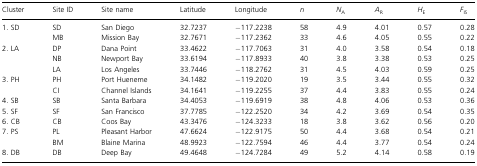
<table><thead><tr><td><b>Cluster</b></td><td><b>Site ID</b></td><td><b>Site name</b></td><td><b>Latitude</b></td><td><b>Longitude</b></td><td><b><i>n</i></b></td><td><b><i>N</i><sub>A</sub></b></td><td><b><i>A</i><sub>R</sub></b></td><td><b><i>H</i><sub>E</sub></b></td><td><b><i>F</i><sub>IS</sub></b></td></tr></thead><tbody><tr><td rowspan="2">1. SD</td><td>SD</td><td>San Diego</td><td>32.7237</td><td>−117.2238</td><td>58</td><td>4.9</td><td>4.01</td><td>0.57</td><td>0.28</td></tr><tr><td>MB</td><td>Mission Bay</td><td>32.7671</td><td>−117.2362</td><td>33</td><td>4.6</td><td>4.05</td><td>0.55</td><td>0.22</td></tr><tr><td rowspan="3">2. LA</td><td>DP</td><td>Dana Point</td><td>33.4622</td><td>−117.7063</td><td>31</td><td>4.0</td><td>3.58</td><td>0.54</td><td>0.18</td></tr><tr><td>NB</td><td>Newport Bay</td><td>33.6194</td><td>−117.8933</td><td>40</td><td>3.8</td><td>3.38</td><td>0.53</td><td>0.25</td></tr><tr><td>LA</td><td>Los Angeles</td><td>33.7446</td><td>−118.2762</td><td>31</td><td>4.5</td><td>4.03</td><td>0.59</td><td>0.25</td></tr><tr><td rowspan="2">3. PH</td><td>PH</td><td>Port Hueneme</td><td>34.1482</td><td>−119.2020</td><td>19</td><td>3.5</td><td>3.44</td><td>0.55</td><td>0.32</td></tr><tr><td>CI</td><td>Channel Islands</td><td>34.1641</td><td>−119.2255</td><td>37</td><td>4.4</td><td>3.83</td><td>0.55</td><td>0.24</td></tr><tr><td>4. SB</td><td>SB</td><td>Santa Barbara</td><td>34.4053</td><td>−119.6919</td><td>38</td><td>4.8</td><td>4.06</td><td>0.53</td><td>0.36</td></tr><tr><td>5. SF</td><td>SF</td><td>San Francisco</td><td>37.7785</td><td>−122.2520</td><td>34</td><td>4.2</td><td>3.69</td><td>0.54</td><td>0.35</td></tr><tr><td>6. CB</td><td>CB</td><td>Coos Bay</td><td>43.3476</td><td>−124.3233</td><td>18</td><td>3.8</td><td>3.62</td><td>0.56</td><td>0.20</td></tr><tr><td rowspan="2">7. PS</td><td>PL</td><td>Pleasant Harbor</td><td>47.6624</td><td>−122.9175</td><td>50</td><td>4.4</td><td>3.68</td><td>0.54</td><td>0.21</td></tr><tr><td>BM</td><td>Blaine Marina</td><td>48.9923</td><td>−122.7594</td><td>46</td><td>4.4</td><td>3.77</td><td>0.54</td><td>0.24</td></tr><tr><td>8. DB</td><td>DB</td><td>Deep Bay</td><td>49.4648</td><td>−124.7284</td><td>49</td><td>5.2</td><td>4.14</td><td>0.58</td><td>0.19</td></tr></tbody></table>